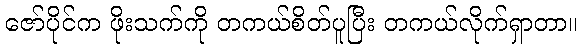
ဇော်ပိုင်က ဖိုးသက်ကို တကယ်စိတ်ပူပြီး တကယ်လိုက်ရှာတာ။